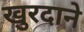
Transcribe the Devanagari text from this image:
खुरदाने